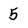
Character: 5